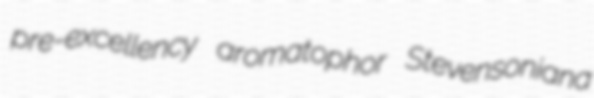
pre-excellency aromatophor Stevensoniana